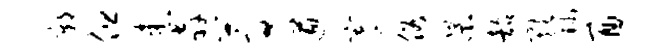
鄣但患奔蒿遒寄俗杲韶欺陟酉